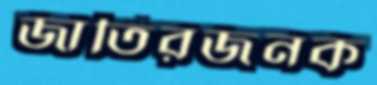
জাতিরজনক